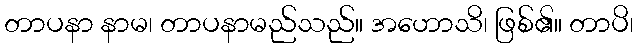
တာပနာ နာမ၊ တာပနာမည်သည်။ အဟောသိ၊ ဖြစ်၏။ တာပိ၊